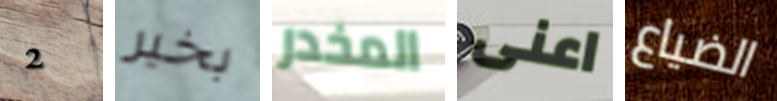
2 بخير المخدر اعنى الضياع